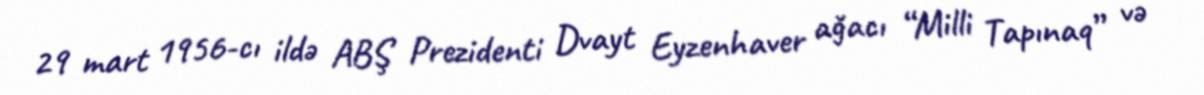
29 mart 1956-cı ildə ABŞ Prezidenti Dvayt Eyzenhaver ağacı “Milli Tapınaq” və